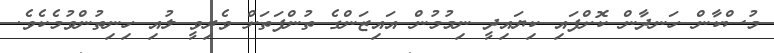
މުސްކާން ހަނދާން ކޮށްފައި ކިޔައިދީ ނިމުމުން އައިޒަންގެ ތުންފަތަށް ވެރިވީ ލުއި ހިނިތުންވުމެކެވެ.